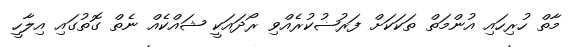
މާތް ހުރިހައި އުންމަތް ތަކަކަށް ފަރުޟުކުރެއްވި ރޯދައަކީ ޝައްކެއް ނެތް ގޮތުގައި އިލާހީ